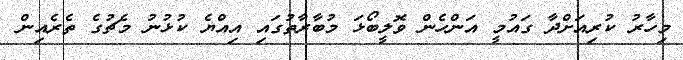
މިހާރު ކުރިއަށްދާ ގައުމީ އަންހެން ވޮލީބޯޅަ މުބާރާތުގައި އިއްޔެ ކުޅުނު މެޗުގެ ތެރެއިން